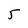
Character: 5